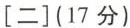
[二] (17分)